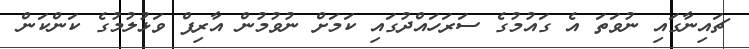
ޗައިނާގައި ނުވަތަ އެ ގައުމުގެ ސަރަހައްދުގައި ކަމަށް ނުވުމުން އާރިފް ވަޅުލުމުގެ ކަންކަން